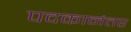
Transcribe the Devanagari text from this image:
पदकानंतर